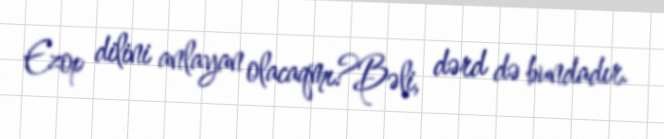
Ezop dilini anlayan olacaqmı?Bəli, dərd də bundadır.